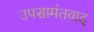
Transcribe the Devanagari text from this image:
उपसामंतवाद